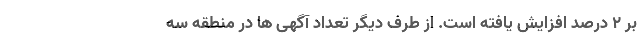
بر ۲ درصد افزایش یافته است. از طرف دیگر تعداد آگهی ها در منطقه سه